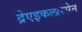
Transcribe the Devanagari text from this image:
द्रेएइकलास्सेन